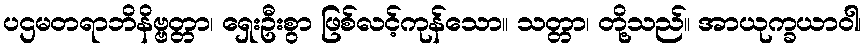
ပဌမတရာဘိနိဗ္ဗတ္တာ၊ ရှေးဦးစွာ ဖြစ်လင့်ကုန်သော။ သတ္တာ၊ တို့သည်။ အာယုက္ခယာဝါ၊